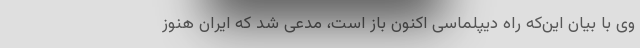
وی با بیان این‌که راه دیپلماسی اکنون باز است، مدعی شد که ایران هنوز